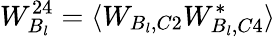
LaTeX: W_{B_{l}}^{24}=\langle W_{B_{l},C2}W_{B_{l},C4}^{*}\rangle